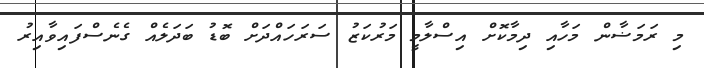
މި ރަމަޟާން މަހާއި ދިމާކޮށް އިސްލާމީ މަރުކަޒު ސަރަހައްދަށް ބޮޑު ބަދަލެއް ގެނެސްފައިވާއިރު